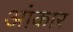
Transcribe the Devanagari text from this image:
आंकार